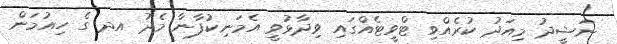
ނަޝީދު މިއަދު ކުރެއްވި ޓްވީޓެއްގައި ވިދާޅުވީ އެމަނިކުފާނާ މެދު އދ ގެ ހިއުމަން